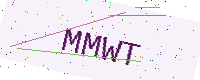
Text: MMWT